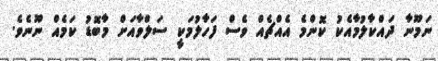
ނަމޫނާ ދައްކާލުމާއެކު ކޮންމެ އެއްޗެއް ވެސް ފަހާލުމަކީ ސަލްވާއަށް މާބޮޑު ކަމެއް ނޫނެވެ.